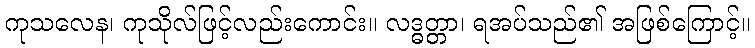
ကုသလေန၊ ကုသိုလ်ဖြင့်လည်းကောင်း။ လဒ္ဓတ္တာ၊ ရအပ်သည်၏ အဖြစ်ကြောင့်။